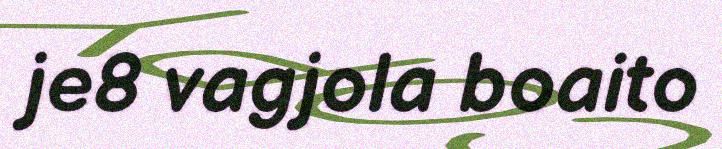
je8 vagjola boaito